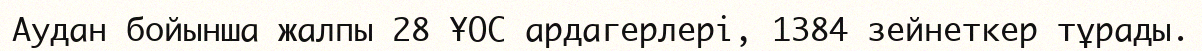
Аудан бойынша жалпы 28 ҰОС ардагерлері, 1384 зейнеткер тұрады.